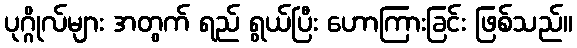
ပုဂ္ဂိုလ်များ အတွက် ရည် ရွယ်ပြီး ဟောကြားခြင်း ဖြစ်သည်။